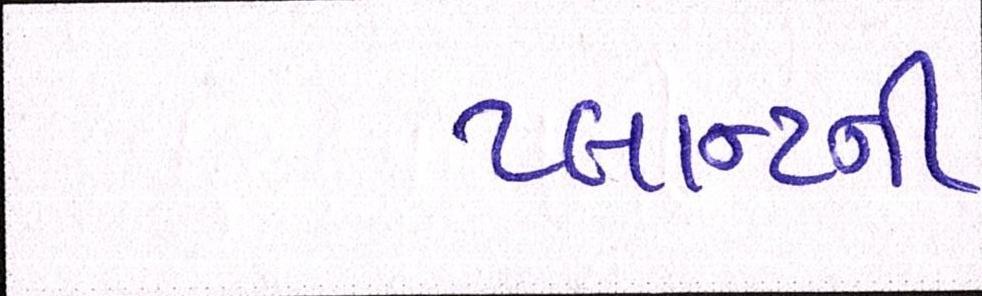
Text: પ્લાન્ટની